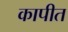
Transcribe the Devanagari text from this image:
कापीत